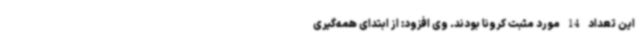
این تعداد 14 مورد مثبت کرونا بودند. وی افزود: از ابتدای همه‌گیری